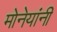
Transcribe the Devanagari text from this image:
मोनेयांनी